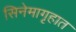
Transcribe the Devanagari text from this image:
सिनेमागृहात